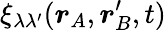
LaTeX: \xi_{\lambda\lambda^{\prime}}(\boldsymbol{r}_{A},\boldsymbol{r}_{B}^{\prime},t)